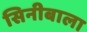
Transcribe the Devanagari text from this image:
सिनीबाला